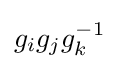
g_{i}g_{j}g_{k}^{-1}